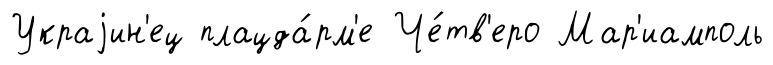
Украjин'ец плацда́рм'е Че́тв'еро Мар'иамполь